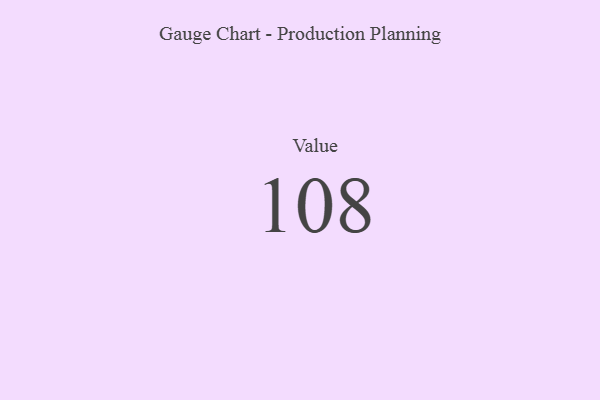
{"axis": {"x": "Metric", "y": "Value"}, "legend": [""], "data": [{"x": "Value", "y": 108, "type": ""}]}